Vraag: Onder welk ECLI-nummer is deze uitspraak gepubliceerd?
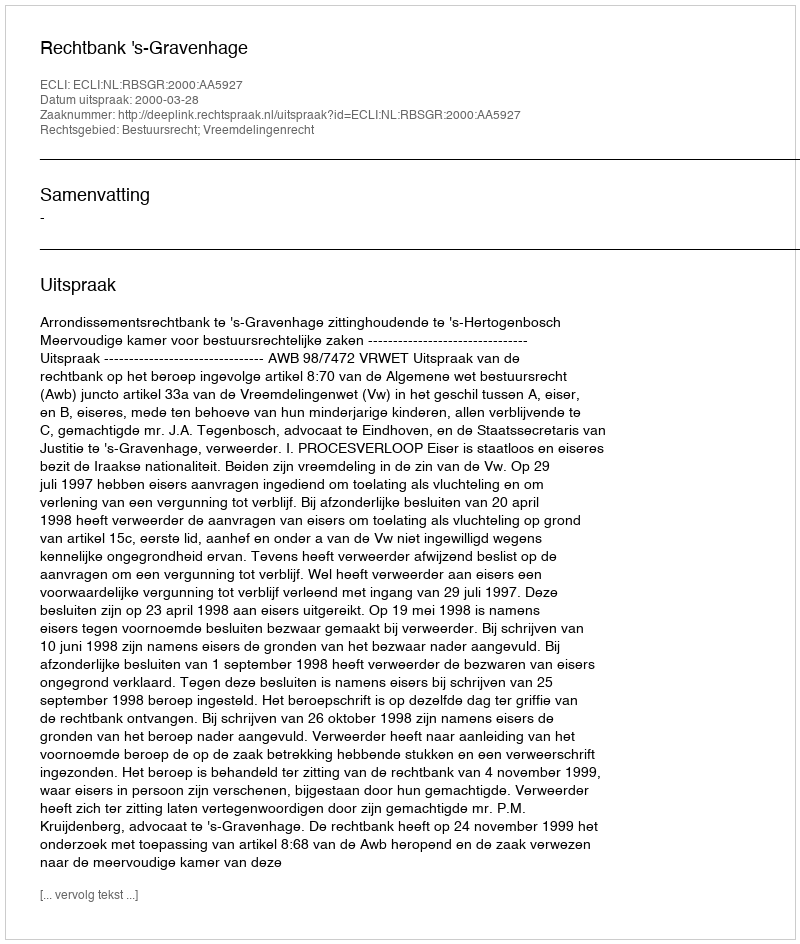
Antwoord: ECLI:NL:RBSGR:2000:AA5927